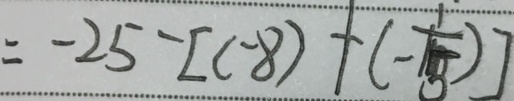
= - 2 5 - [ ( - 8 ) + ( - \frac { 1 } { 1 5 } ) ]